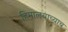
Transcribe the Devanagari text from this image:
हिमालयाच्याच